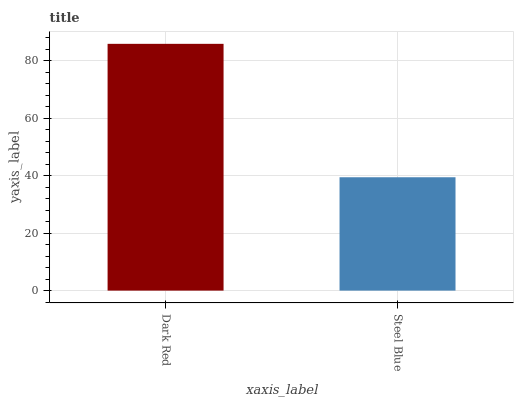
| xaxis_label | bars |
 | --- | --- |
 | Dark Red | 85.9 |
 | Steel Blue | 39.4 |